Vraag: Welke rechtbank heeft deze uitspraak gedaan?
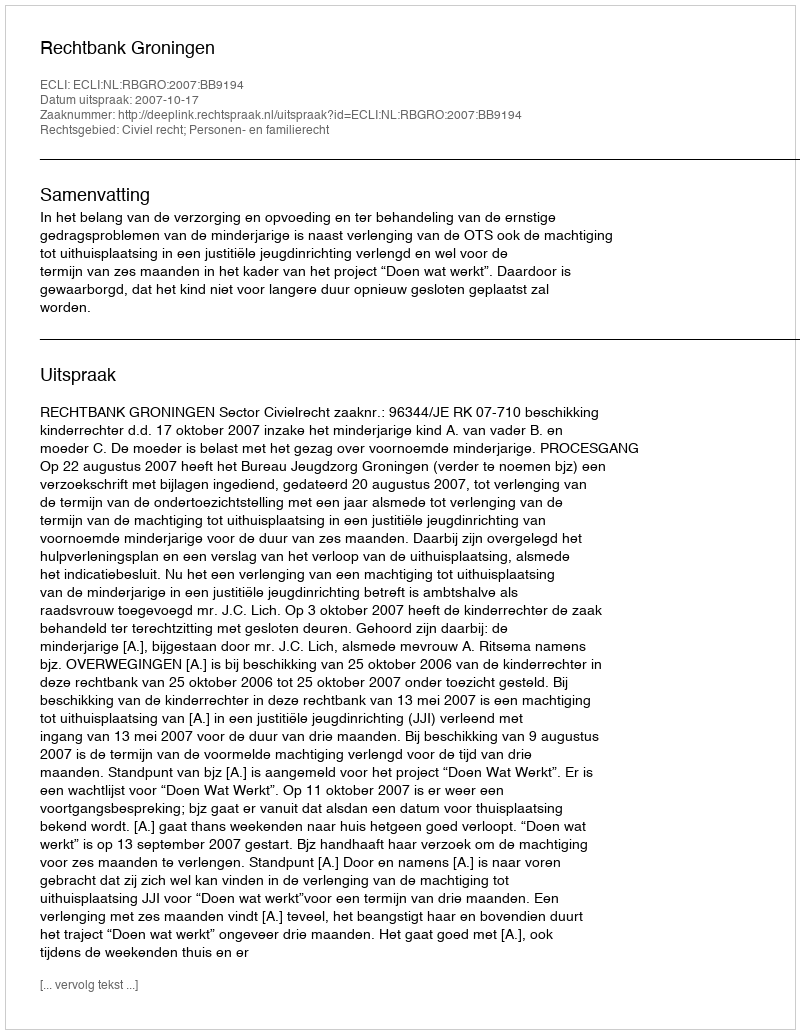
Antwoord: Rechtbank Groningen